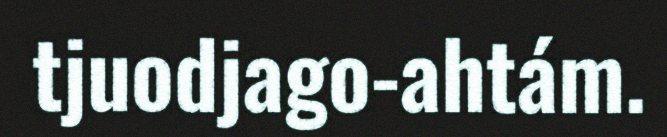
tjuodjago-ahtám.